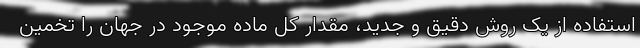
استفاده از یک روش دقیق و جدید، مقدار کل ماده موجود در جهان را تخمین